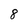
Character: 8